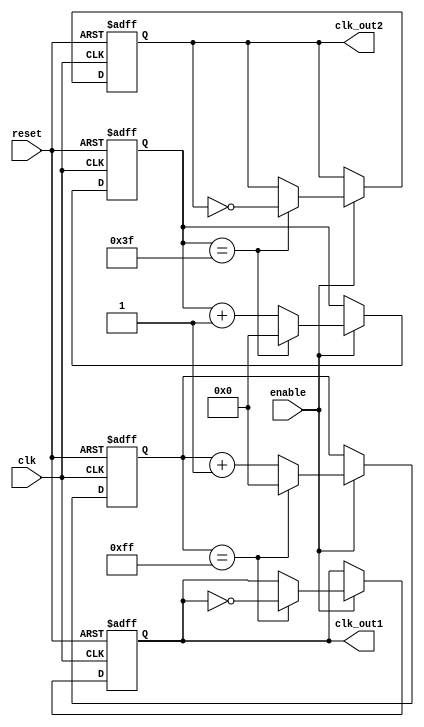
module dual_modulus_clock_divider(
    input wire clk,
    input wire reset,
    input wire enable,
    output reg clk_out1,
    output reg clk_out2
);

reg [7:0] counter1;
reg [7:0] counter2;

always @(posedge clk or posedge reset) begin
    if(reset) begin
        counter1 <= 8'b0;
        counter2 <= 8'b0;
        clk_out1 <= 1'b0;
        clk_out2 <= 1'b0;
    end else if(enable) begin
        if(counter1 == 8'hFF) begin
            counter1 <= 8'b0;
            clk_out1 <= ~clk_out1;
        end else begin
            counter1 <= counter1 + 1;
        end
        
        if(counter2 == 8'h3F) begin
            counter2 <= 8'b0;
            clk_out2 <= ~clk_out2;
        end else begin
            counter2 <= counter2 + 1;
        end
    end
end

endmodule